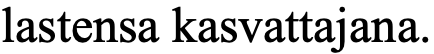
lastensa kasvattajana.